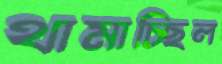
থামাচ্ছিল